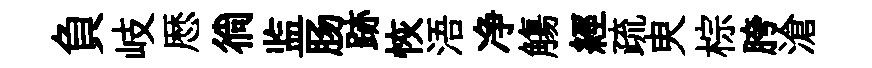
負岐厯徜监肠跡恢浯净觴經疏㬰棕胯滄